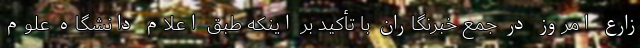
زارع امروز در جمع خبرنگاران با تأکید بر اینکه طبق اعلام دانشگاه علوم